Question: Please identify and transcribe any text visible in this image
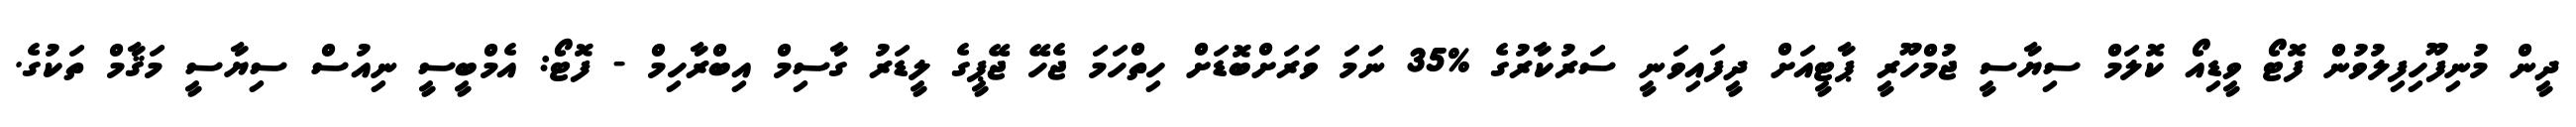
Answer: ދީން މުނިފޫހިފިލުވުން ފޮޓޯ ވީޑިއޯ ކޮލަމް ސިޔާސީ ޖުމްހޫރީ ޕާޓީއަށް ދީފައިވަނީ ސަރުކާރުގެ %35 ނަމަ ވަރަށްބޮޑަށް ހިތްހަމަ ޖެހޭ ޖޭޕީގެ ލީޑަރު ގާސިމް އިބްރާހިމް - ފޮޓޯ: އެމްބީސީ ނިއުސް ސިޔާސީ މަޤާމް ތަކުގެ.